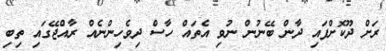
ރަށް ދޫކޮށްފައި ދާން ބޭނުން ނުވި އެތައް ހާސް ދިވެހިންނެއް ރާއްޖޭގައި ތިބި